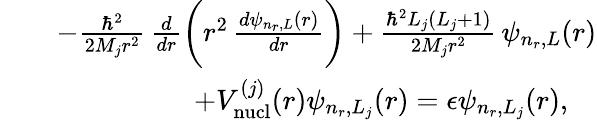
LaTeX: \begin{array}{rlr}&{}&{-\frac{\hbar^{2}}{2M_{j}r^{2}}\, \frac{d}{dr}\bigg(r^{2}\, \frac{d\psi_{n_{r},L}(r)}{dr}\bigg)+\frac{\hbar^{2}L_{j}(L_{j}+1)}{2M_{j}r^{2}}\, \psi_{n_{r},L}(r)}\\ &{}&{\; \; +V_{\mathrm{nucl}}^{(j)}(r)\psi_{n_{r},L_{j}}(r)=\epsilon\psi_{n_{r},L_{j}}(r),\quad}\end{array}